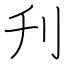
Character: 刋